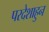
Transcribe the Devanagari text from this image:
परदेशाहुन